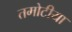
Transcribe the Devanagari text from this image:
तमोटीया